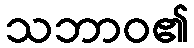
သဘာဝ၏